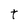
Character: t